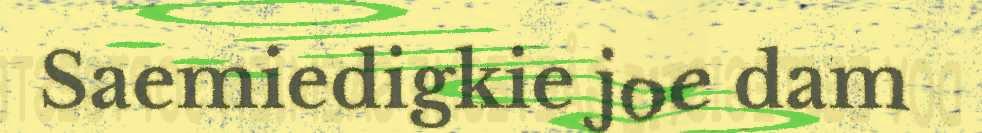
Saemiedigkie joe dam